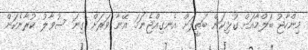
މިންހާޖު ބަލްމާއަށް ގުޅިކަން ބަތީލަށް އެނގިއްޖެނަމަ އޭނާ ވަރަށް ގިނަ ސުވާލު ކުރާނެކަން